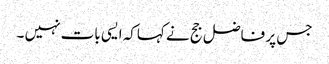
جس پر فاضل جج نے کہاکہ ایسی بات نہیں ۔